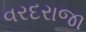
વરદરાજા